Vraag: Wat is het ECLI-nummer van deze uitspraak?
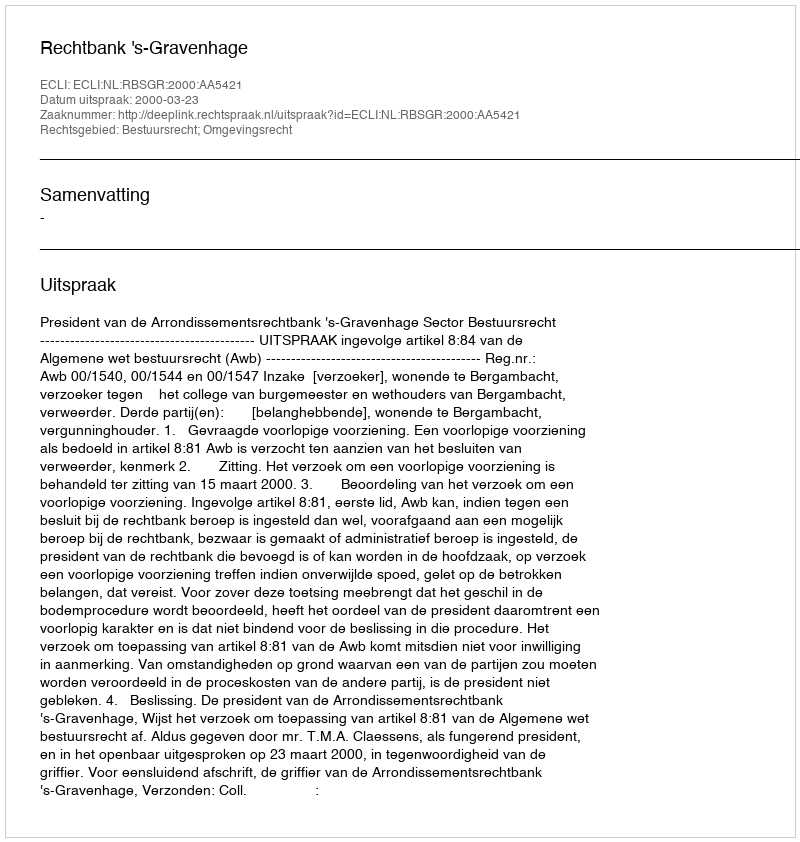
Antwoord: ECLI:NL:RBSGR:2000:AA5421